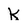
Character: K